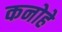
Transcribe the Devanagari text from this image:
कनोहे